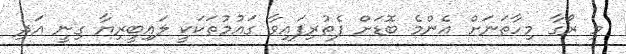
މި ރޯގާ މިހާތަނަށް އެންމެ ބޮޑަށް ފެތުރިފައިވާ ގައުމުތަކަކީ ލައިބީރިޔާ ގިނީ އަދި